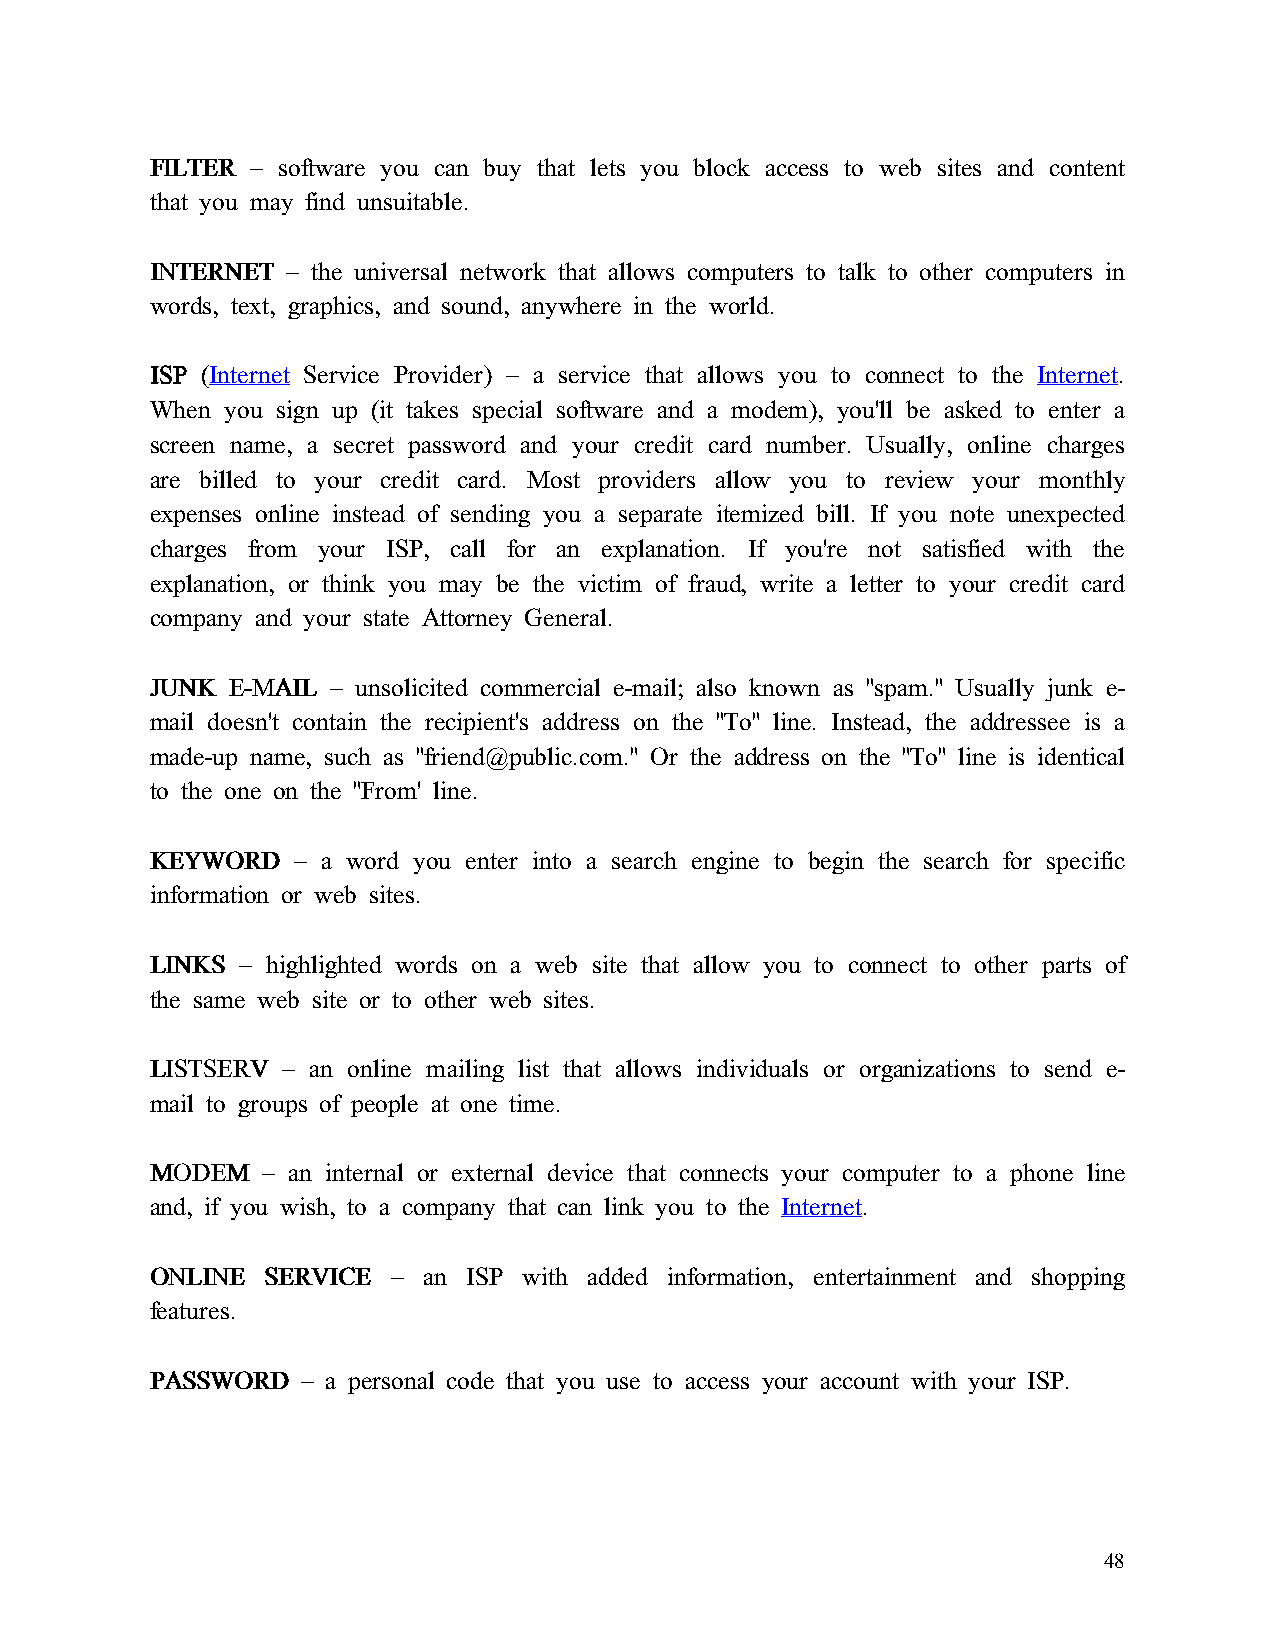
FFFFIIIILLLLTTTTEEEERRRR – software you can buy that lets you block access to web sites and content
 that you may find unsuitable.
 IIIINNNNTTTTEEEERRRRNNNNEEEETTTT – the universal network that allows computers to talk to other computers in
 words, text, graphics, and sound, anywhere in the world.
 IIIISSSSPPPP (Internet Service Provider) – a service that allows you to connect to the Internet.
 When you sign up (it takes special software and a modem), you'll be asked to enter a
 screen name, a secret password and your credit card number. Usually, online charges
 are billed to your credit card. Most providers allow you to review your monthly
 expenses online instead of sending you a separate itemized bill. If you note unexpected
 charges from your ISP, call for an explanation. If you're not satisfied with the
 explanation, or think you may be the victim of fraud, write a letter to your credit card
 company and your state Attorney General.
 JJJJUUUUNNNNKKKK EEEE----MMMMAAAAIIIILLLL – unsolicited commercial e-mail; also known as "spam." Usually junk e-
 mail doesn't contain the recipient's address on the "To" line. Instead, the addressee is a
 made-up name, such as "friend@public.com." Or the address on the "To" line is identical
 to the one on the "From' line.
 KKKKEEEEYYYYWWWWOOOORRRRDDDD – a word you enter into a search engine to begin the search for specific
 information or web sites.
 LLLLIIIINNNNKKKKSSSS – highlighted words on a web site that allow you to connect to other parts of
 the same web site or to other web sites.
 LLLLIIIISSSSTTTTSSSSEEEERRRRVVVV – an online mailing list that allows individuals or organizations to send e-
 mail to groups of people at one time.
 MMMMOOOODDDDEEEEMMMM – an internal or external device that connects your computer to a phone line
 and, if you wish, to a company that can link you to the Internet.
 OOOONNNNLLLLIIIINNNNEEEE SSSSEEEERRRRVVVVIIIICCCCEEEE – an ISP with added information, entertainment and shopping
 features.
 PPPPAAAASSSSSSSSWWWWOOOORRRRDDDD – a personal code that you use to access your account with your ISP.
 48